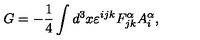
G = - \frac { 1 } { 4 } \int d ^ { 3 } x \varepsilon ^ { i j k } F _ { j k } ^ { \alpha } A _ { i } ^ { \alpha } ,